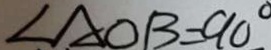
\angle A O B = 9 0 ^ { \circ }